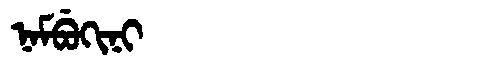
Manchu: ᠨᠠᠮᠪᡠᡴᡳᠨᡳ
Romanization: NAMBUKINI